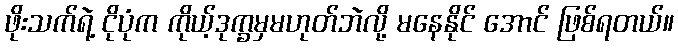
ဖိုးသက်ရဲ့ ငိုပုံက ကိုယ့်ဒုက္ခမှမဟုတ်ဘဲလို့ မနေနိုင် အောင် ဖြစ်ရတယ်။